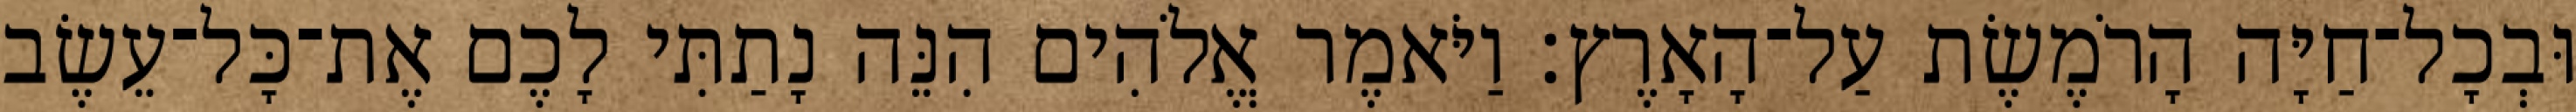
וּבְכָל־חַיָּה הָרֹמֶשֶׂת עַל־הָאָרֶץ׃ וַיֹּאמֶר אֱלֹהִים הִנֵּה נָתַתִּי לָכֶם אֶת־כָּל־עֵשֶׂב